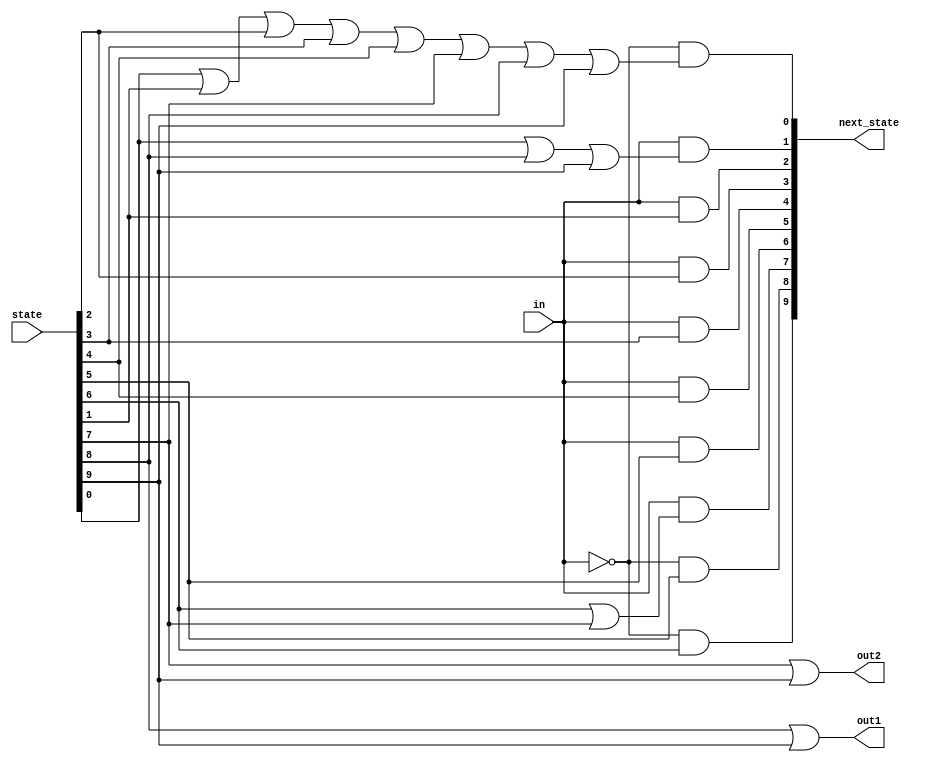
module top_module(
    input in,
    input [9:0] state,
    output [9:0] next_state,
    output out1,
    output out2);
    assign next_state[0] = (in==1'bx)?1'b0:(~in & (state[0] | state[1] | state[2] | state[3] | state[4] | state[7] | state[8] | state[9]));
    assign next_state[1] = in & (state[0] | state[8] | state[9]);
    assign next_state[2] = in & (state[1]);
    assign next_state[3] = in & (state[2]);
    assign next_state[4] = in & (state[3]);
    assign next_state[5] = in & (state[4]);
    assign next_state[6] = in & (state[5]);
    assign next_state[7] = in & (state[6] | state[7]);
    assign next_state[8] = ~in & (state[5]);
    assign next_state[9] = ~in & (state[6]);
    assign out1 = (state[8] | state[9]);
    assign out2 = (state[7] | state[9]);
endmodule